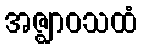
အဇ္ဈာဝသထံ